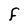
Character: F